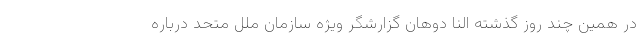
در همین چند روز گذشته النا دوهان گزارشگر ویژه سازمان ملل متحد درباره